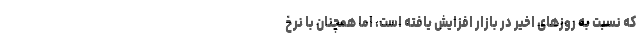
که نسبت به روز‌های اخیر در بازار افزایش یافته است، اما همچنان با نرخ